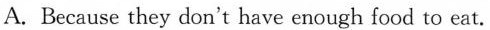
A. Because they don't have enough food to eat.